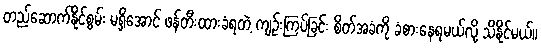
တည်ဆောက်နိုင်စွမ်း မရှိအောင် ဖန်တီးထားခံရတဲ့ ကျဉ်းကြပ်ခြင်း စိတ်အခံကို ခံစားနေရမယ်လို့ သိနိုင်မယ်။